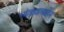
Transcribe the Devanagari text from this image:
भांड्याबाहेर